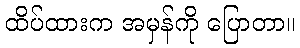
ထိပ်ထားက အမှန်ကို ပြောတာ။